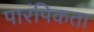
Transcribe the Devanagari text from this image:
पारंपिकता